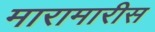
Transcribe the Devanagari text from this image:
मारामारीस